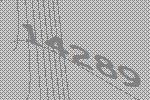
14289